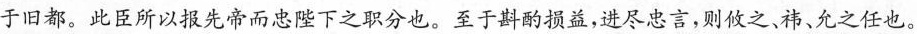
于旧都。此臣所以报先帝而忠陛下之职分也。至于斟酌损益，进尽忠言，则之，祎，允之任也。